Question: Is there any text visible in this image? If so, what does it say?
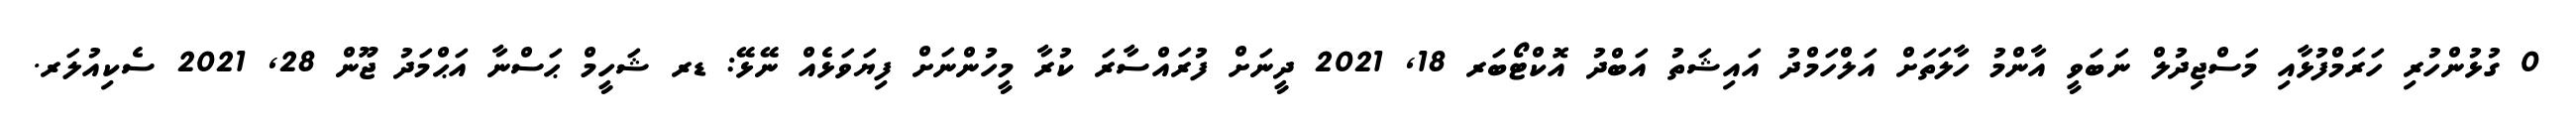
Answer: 0 ގުޅުންހުރި ހަރަމްފުޅާއި މަސްޖިދުލް ނަބަވީ އާންމު ހާލަތަށް އަލްހަމްދު އައިޝަތު އަބްދު އޮކްޓޯބަރ 18, 2021 ދީނަށް ފުރައްސާރަ ކުރާ މީހުންނަށް ފިޔަވަޅެއް ނޭޅޭ: ޑރ ޝަހީމް ޙަސްނާ އަޙްމަދު ޖޫން 28, 2021 ސެކިއުލަރ.